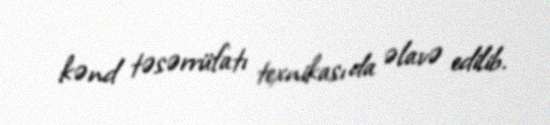
kənd təsərrüfatı texnikası da əlavə edilib.